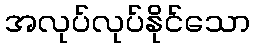
အလုပ်လုပ်နိုင်သော